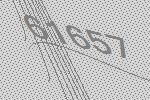
61657